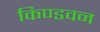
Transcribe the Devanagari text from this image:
किण्डवन